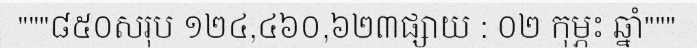
"""៨៥០សរុប ១២៤,៤៦០,៦២៣ផ្សាយ : ០២ កុម្ភះ ឆ្នាំ"""